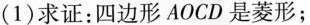
(1) 求证：四边形 AOCD 是菱形；